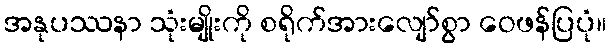
အနုပဿနာ သုံးမျိုးကို စရိုက်အားလျော်စွာ ဝေဖန်ပြပုံ။